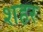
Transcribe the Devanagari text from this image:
श्‍ाहर